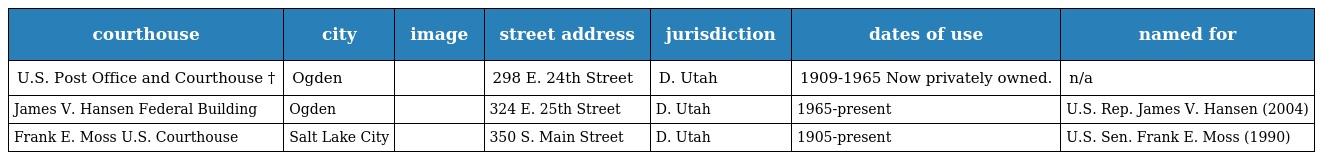
| courthouse | city | image | street address | jurisdiction | dates of use | named for |
 | --- | --- | --- | --- | --- | --- | --- |
 | U.S. Post Office and Courthouse † | Ogden |  | 298 E. 24th Street | D. Utah | 1909-1965 Now privately owned. | n/a |
 | James V. Hansen Federal Building | Ogden |  | 324 E. 25th Street | D. Utah | 1965-present | U.S. Rep. James V. Hansen (2004) |
 | Frank E. Moss U.S. Courthouse | Salt Lake City |  | 350 S. Main Street | D. Utah | 1905-present | U.S. Sen. Frank E. Moss (1990) |